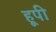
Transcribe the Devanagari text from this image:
हूपी